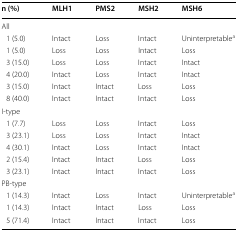
<table><thead><tr><td><b>n (%)</b></td><td><b>MLH1</b></td><td><b>PMS2</b></td><td><b>MSH2</b></td><td><b>MSH6</b></td></tr></thead><tbody><tr><td colspan="5">All</td></tr><tr><td> 1 (5.0)</td><td>Intact</td><td>Loss</td><td>Intact</td><td>Uninterpretable<sup>a</sup></td></tr><tr><td> 1 (5.0)</td><td>Loss</td><td>Loss</td><td>Intact</td><td>Loss</td></tr><tr><td> 3 (15.0)</td><td>Loss</td><td>Loss</td><td>Intact</td><td>Intact</td></tr><tr><td> 4 (20.0)</td><td>Intact</td><td>Loss</td><td>Intact</td><td>Intact</td></tr><tr><td> 3 (15.0)</td><td>Intact</td><td>Intact</td><td>Loss</td><td>Loss</td></tr><tr><td> 8 (40.0)</td><td>Intact</td><td>Intact</td><td>Intact</td><td>Loss</td></tr><tr><td colspan="5">I-type</td></tr><tr><td> 1 (7.7)</td><td>Loss</td><td>Loss</td><td>Intact</td><td>Loss</td></tr><tr><td> 3 (23.1)</td><td>Loss</td><td>Loss</td><td>Intact</td><td>Intact</td></tr><tr><td> 4 (30.1)</td><td>Intact</td><td>Loss</td><td>Intact</td><td>Intact</td></tr><tr><td> 2 (15.4)</td><td>Intact</td><td>Intact</td><td>Loss</td><td>Loss</td></tr><tr><td> 3 (23.1)</td><td>Intact</td><td>Intact</td><td>Intact</td><td>Loss</td></tr><tr><td colspan="5">PB-type</td></tr><tr><td> 1 (14.3)</td><td>Intact</td><td>Loss</td><td>Intact</td><td>Uninterpretable<sup>a</sup></td></tr><tr><td> 1 (14.3)</td><td>Intact</td><td>Intact</td><td>Loss</td><td>Loss</td></tr><tr><td> 5 (71.4)</td><td>Intact</td><td>Intact</td><td>Intact</td><td>Loss</td></tr></tbody></table>